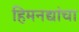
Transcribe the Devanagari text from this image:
हिमनद्यांचा